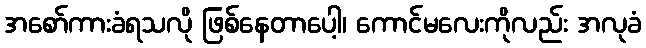
အစော်ကားခံရသလို ဖြစ်နေတာပေါ့၊ ကောင်မလေးကိုလည်း အလုခံ